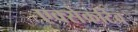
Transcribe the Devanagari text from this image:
एक्सेकटिव